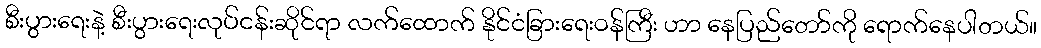
စီးပွားရေးနဲ့ စီးပွားရေးလုပ်ငန်းဆိုင်ရာ လက်ထောက် နိုင်ငံခြားရေးဝန်ကြီး ဟာ နေပြည်တော်ကို ရောက်နေပါတယ်။